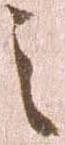
之